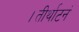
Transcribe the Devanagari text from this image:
।तीर्थाटनं